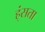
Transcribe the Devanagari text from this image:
ह्ंसता